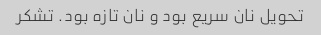
تحویل نان سریع بود و نان تازه بود. تشکر